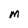
Character: M